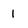
Character: 1